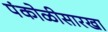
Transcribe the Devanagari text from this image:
पंकोळीसारखा